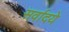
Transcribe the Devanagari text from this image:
सर्वादये